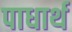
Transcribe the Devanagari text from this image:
पाधार्थ